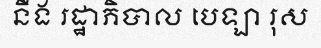
នឹង រដ្ឋាភិបាល បេឡា រុស